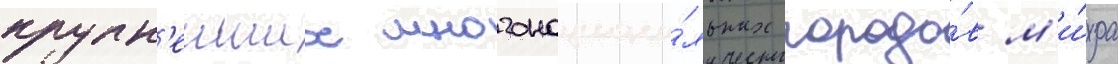
крупн'еиших многонациона́льных городо́в м'и́ра